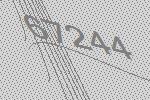
67244